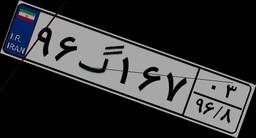
۹۶گ۱۶۷۰۳